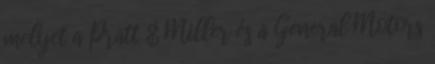
melyet a Pratt & Miller és a General Motors